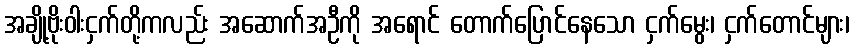
အချို့ဗိုးဝါးငှက်တို့ကလည်း အဆောက်အဦကို အရောင် တောက်ပြောင်နေသော ငှက်မွေး၊ ငှက်တောင်များ၊